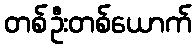
တစ်ဦးတစ်ယောက်